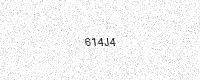
Text: 614J4